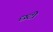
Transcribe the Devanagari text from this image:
छंटी